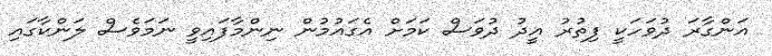
އަންގާރަ ދުވަހަކީ ފިތުރު އީދު ދުވަސް ކަމަށް އެގައުމުން ނިންމާފައިވީ ނަމަވެސް ލަންކާގައި